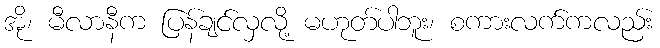
အို၊ မီလာနီက ပြန်ချင်လှလို့ မဟုတ်ပါဘူး၊ စကားလက်ကလည်း